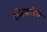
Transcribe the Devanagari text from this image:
रसिकतेचे